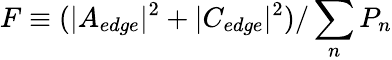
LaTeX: F\equiv(|A_{edge}|^{2}+|C_{edge}|^{2})/\sum_{n}P_{n}